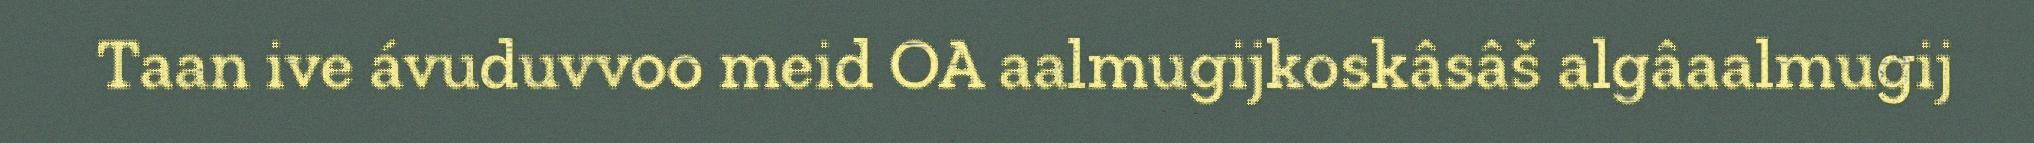
Taan ive ávuduvvoo meid OA aalmugijkoskâsâš algâaalmugij